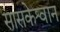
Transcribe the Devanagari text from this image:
सासकेश्वान